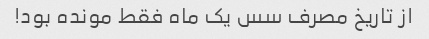
از تاریخ مصرف سس یک ماه فقط مونده بود!